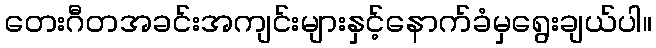
တေးဂီတအခင်းအကျင်းများနှင့်နောက်ခံမှရွေးချယ်ပါ။